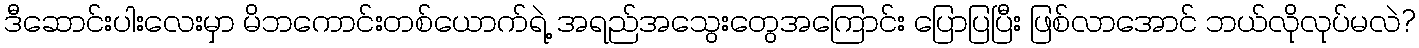
ဒီဆောင်းပါးလေးမှာ မိဘကောင်းတစ်ယောက်ရဲ့ အရည်အသွေးတွေအကြောင်း ပြောပြပြီး ဖြစ်လာအောင် ဘယ်လိုလုပ်မလဲ?